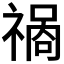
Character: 𱵣